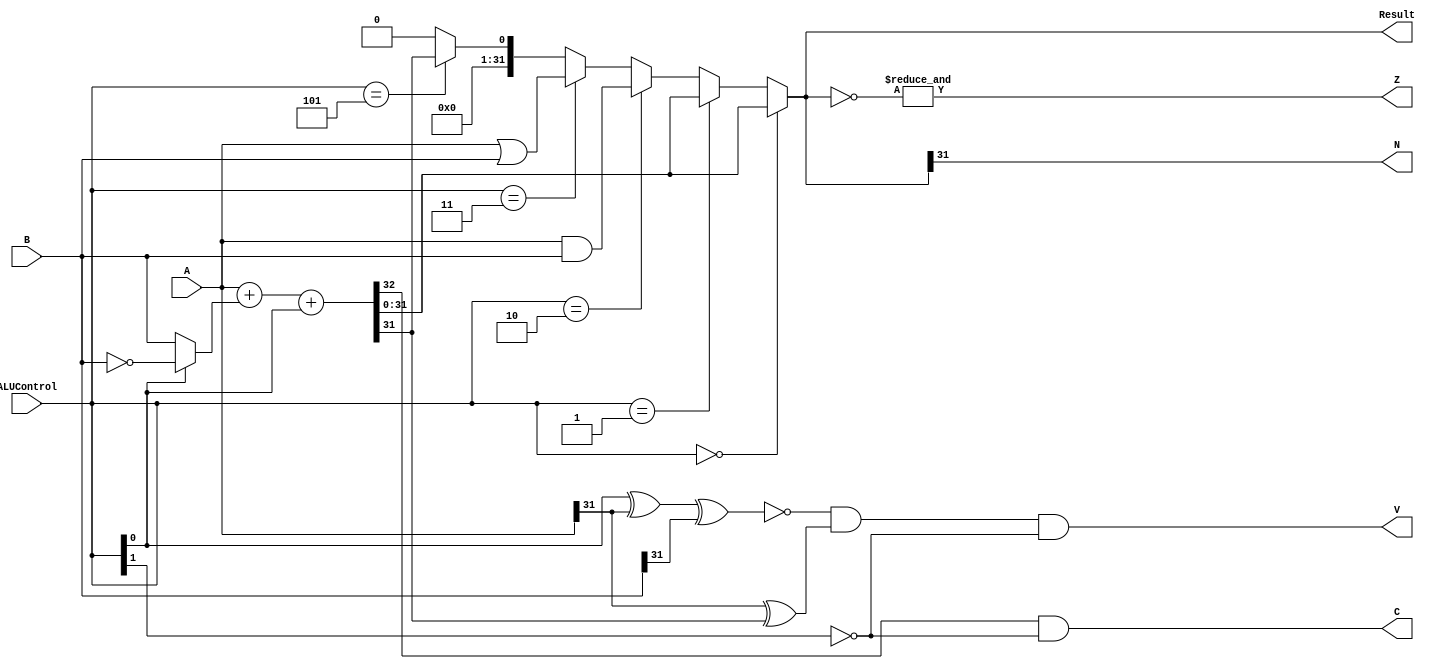
module alu(A,B,ALUControl,Result,Z,N,V,C);
   input[31:0] A,B;    // by default it make 1 bit wire
   input [2:0] ALUControl;
   output [31:0] Result;
   output Z,N,V,C;

   //declaring internal wire
   wire[31:0] a_and_b;
   wire[31:0] a_or_b;
   wire[31:0] not_b;
   wire[31:0] mux_1;
   wire[31:0] sum;
   wire[31:0] mux_2;
   wire [31:0]slt;
   wire cout;


   //logic DESIGN
   //AND operation
   assign a_and_b = A & B;

   //OR operation
   assign a_or_b =A | B;

   // NOT opertaion on B
   assign not_b = ~B;

    //ternary operator  syntax(() ? first value : second value;)
    assign mux_1 = (ALUControl[0] == 1'b0) ? B : not_b;

    //addition or substraction operation
    assign {cout,sum} = A + mux_1 + ALUControl[0];    
    assign slt = {31'b0000000000000000000000000000000,sum[31]};
    //designing 4:1 mux
      assign mux_2 = (ALUControl[2:0] == 3'b000) ? sum  : 
                     (ALUControl[2:0] == 3'b001) ? sum : 
                     (ALUControl[2:0] == 3'b010) ? a_and_b :
                     (ALUControl[2:0] == 3'b011) ? a_or_b : 
                     (ALUControl[2:0] == 3'b101) ? slt: 32'h00000000; 


        assign Result = mux_2;

        //flag assignment
        assign Z = &(~Result); //zero flag
        assign N = Result[31];  //if 31th bit is 1 result is negative
        assign C = cout & (~ALUControl[1]);
        assign V = (~(ALUControl[0] ^ A[31] ^ B[31])) & (A[31] ^ sum[31]) & (~ALUControl[1]);  


                    
endmodule